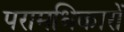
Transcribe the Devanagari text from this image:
परामधिकारों